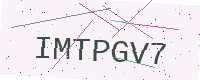
Text: IMTPGV7